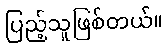
ပြည့်သူဖြစ်တယ်။